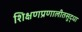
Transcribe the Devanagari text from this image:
शिक्षणप्रणालीतसुद्धा